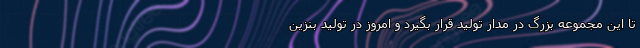
تا این مجموعه بزرگ در مدار تولید قرار بگیرد و امروز در تولید بنزین